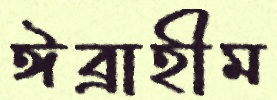
ঈব্রাহীম